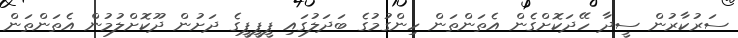
ސަރުކާރުން ސީދާ ހޭދަކޮށްގެން އެތަންތަން ހިންގުމުގެ ބަދަލުގައި ޕީޕީޕީގެ ދަށުން ދޫކޮށްލުމުން އެތަންތަން